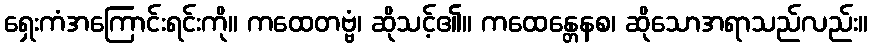
ရှေးကံအကြောင်းရင်းကို။ ကထေတဗ္ဗံ၊ ဆိုသင့်၏။ ကထေန္တေနစ၊ ဆိုသောအရာသည်လည်း။